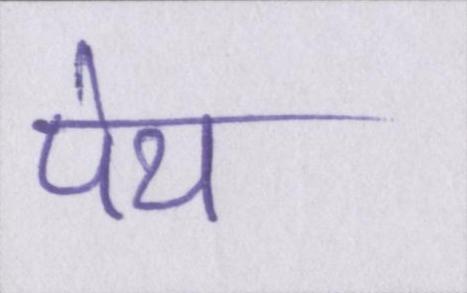
पेय